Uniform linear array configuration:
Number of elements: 16
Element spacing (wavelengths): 0.75
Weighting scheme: uniform
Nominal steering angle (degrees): -60
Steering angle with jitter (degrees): -59.427
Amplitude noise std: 0.05
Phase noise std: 0.05

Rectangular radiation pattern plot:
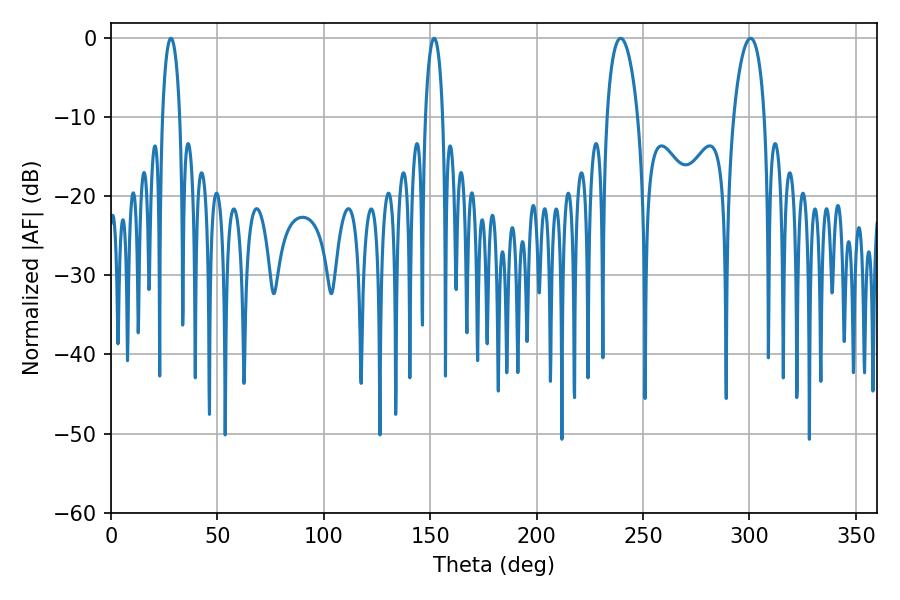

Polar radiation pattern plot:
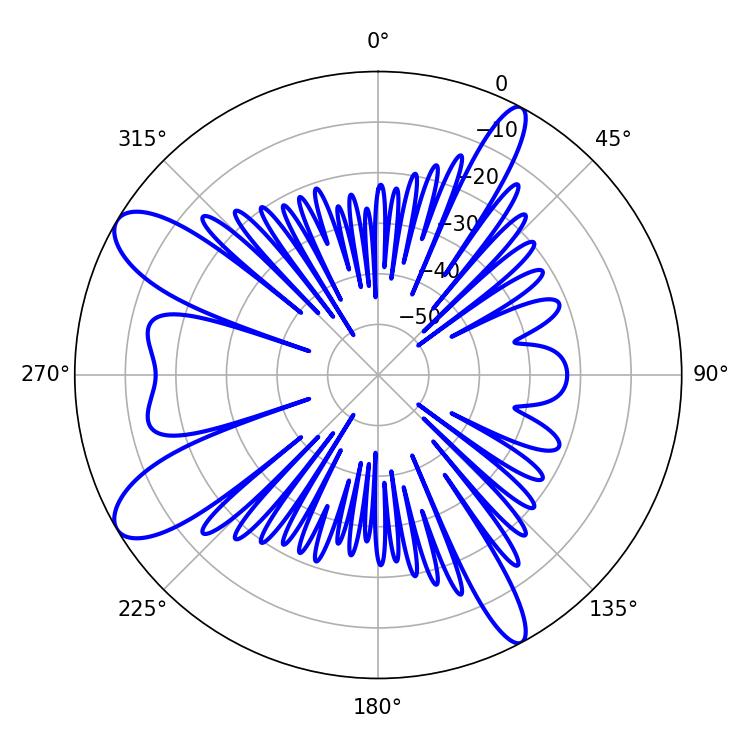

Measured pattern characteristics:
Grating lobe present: TRUE
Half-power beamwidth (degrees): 8.28
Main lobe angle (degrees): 239.4